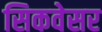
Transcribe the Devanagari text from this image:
सिकवेसर